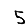
Digit: 5